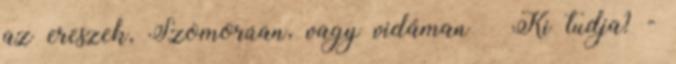
az ereszek, Szomorúan, vagy vidáman  Ki tudja? -